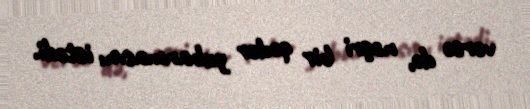
versə də, nəşri bir qədər yubanmasını istədi.